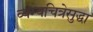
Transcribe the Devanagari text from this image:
व्यंग्यचित्रेसुद्धा